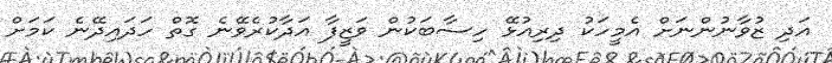
އަދި ޒުވާނުންނަށް އެމީހަކު ދިރިއުޅޭ ހިސާބަކުން ވަޒީފާ އަދާކުރެވޭނެ ގޮތް ހަދައިދޭނެ ކަމަށް